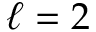
\ell = 2